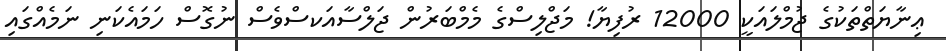
ޢިނާޔަތްތަކުގެ ޖުމްލައަކީ 12000 ރުފިޔާ! މަޖްލިސްގެ މެމްބަރުން ޖަލްސާއަކސްވެސް ނުގޮސް ހަމައެކަނި ނަމެއްގައި